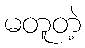
မတူတဲ့